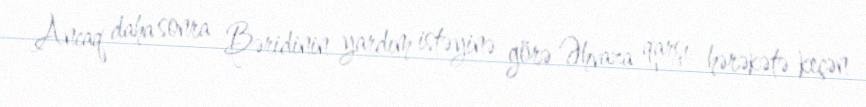
Ancaq daha sonra Bəridinin yardım istəyinə görə Əhvaza qarşı hərəkətə keçən